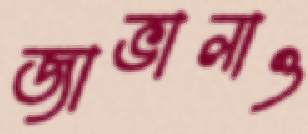
জাভালাও